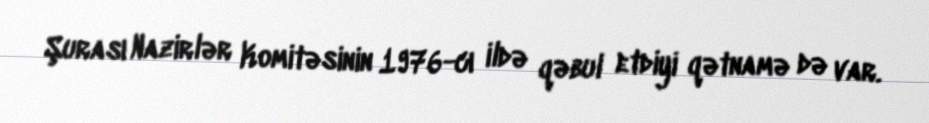
Şurası Nazirlər Komitəsinin 1976-cı ildə qəbul etdiyi qətnamə də var.